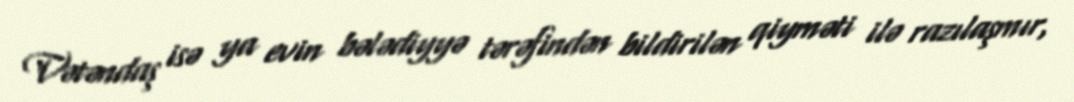
Vətəndaş isə ya evin bələdiyyə tərəfindən bildirilən qiyməti ilə razılaşmır,